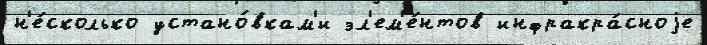
н'е́сколько устано́вкам'и эл'ем'е́нтов инфракра́сноjе